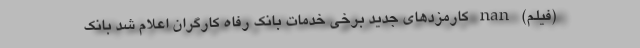
(فیلم) nan کارمزدهای جدید برخی خدمات بانک رفاه کارگران اعلام شد بانک